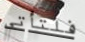
فلتأتي